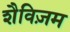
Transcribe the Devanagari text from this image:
शैविज़म